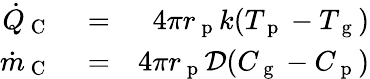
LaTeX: \begin{array}{rlr}{\dot{Q}_{\mathrm{~C~}}}&{{}=}&{4\pi r_{\mathrm{~p~}}k(T_{\mathrm{~p~}}-T_{\mathrm{~g~}})}\\ {\dot{m}_{\mathrm{~C~}}}&{{}=}&{4\pi r_{\mathrm{~p~}}\mathcal{D}(C_{\mathrm{~g~}}-C_{\mathrm{~p~}})}\end{array}